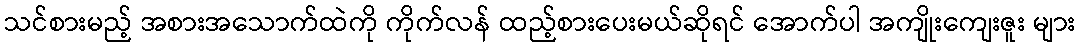
သင်စားမည့် အစားအသောက်ထဲကို ကိုက်လန် ထည့်စားပေးမယ်ဆိုရင် အောက်ပါ အကျိုးကျေးဇူး များ